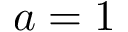
a = 1